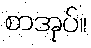
စာအုပ်။